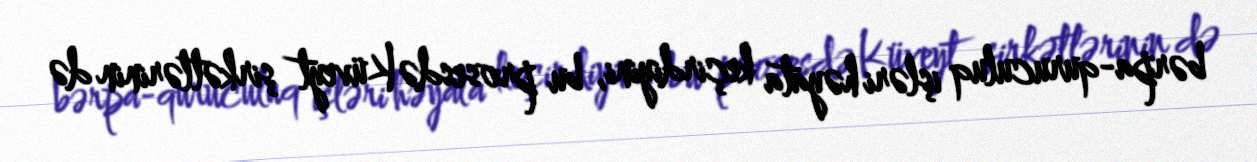
bərpa-quruculuq işləri həyata keçirdiyini, bu prosesdə Küveyt şirkətlərinin də